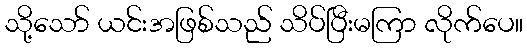
သို့သော် ယင်းအဖြစ်သည် သိပ်ပြီးမကြာ လိုက်ပေ။